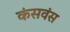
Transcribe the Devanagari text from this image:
कंसवंस